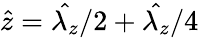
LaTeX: \hat{z}=\hat{\lambda_{z}}/2+\hat{\lambda_{z}}/4